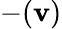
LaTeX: -(\mathbf{v})